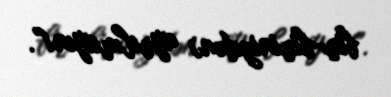
bir-birinizdən) ayrılmayın!”.